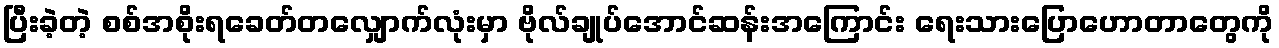
ပြီးခဲ့တဲ့ စစ်အစိုးရခေတ်တလျှောက်လုံးမှာ ဗိုလ်ချုပ်အောင်ဆန်းအကြောင်း ရေးသားပြောဟောတာတွေကို